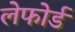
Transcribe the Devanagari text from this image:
लेफोर्ड